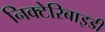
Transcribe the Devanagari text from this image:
निक्टेरिबाइडी